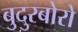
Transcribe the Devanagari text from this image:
बुदुरबोरो